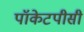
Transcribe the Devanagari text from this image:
पॉकेटपीसी